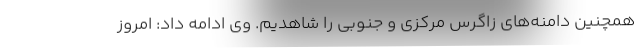
همچنین دامنه‌های زاگرس مرکزی و جنوبی را شاهدیم. وی ادامه داد: امروز